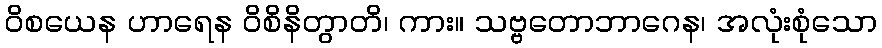
ဝိစယေန ဟာရေန ဝိစိနိတွာတိ၊ ကား။ သဗ္ဗတောဘာဂေန၊ အလုံးစုံသော